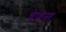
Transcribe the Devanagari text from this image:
बेतिना